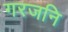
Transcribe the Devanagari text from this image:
गरजनि